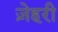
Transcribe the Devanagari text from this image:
ज़ेहरी